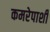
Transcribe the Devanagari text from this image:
कमरेपाशी